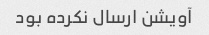
آویشن ارسال نکرده بود